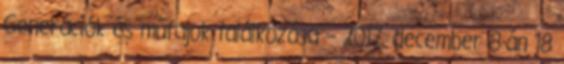
Generációk és műfajok találkozása – 2017. december 8-án 18